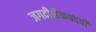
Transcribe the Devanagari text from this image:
जगदीशैकपदवीं